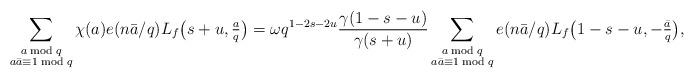
LaTeX: \begin{align*}\sum_{\substack{a\bmod{q}\\ a\bar{a}\equiv 1\bmod{q}}}\chi(a)e(n\bar{a}/q) L_f\bigl(s+u,\tfrac{a}{q}\bigr)=\omega q^{1-2s - 2u}\frac{\gamma(1-s-u)}{\gamma(s+u)} \sum_{\substack{a\bmod{q}\\ a\bar{a}\equiv 1\bmod{q}}} e(n\bar{a}/q)L_f\bigl(1-s-u,-\tfrac{\bar{a}}{q}\bigr),\end{align*}